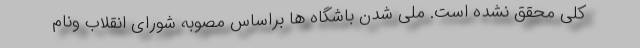
کلی محقق نشده است. ملی شدن باشگاه ها براساس مصوبه شورای انقلاب ونام